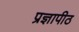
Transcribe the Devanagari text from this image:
प्रज्ञापीठ